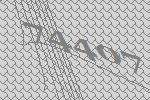
74407